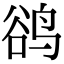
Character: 鹆